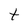
Character: t